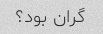
گران بود؟